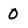
Character: 0